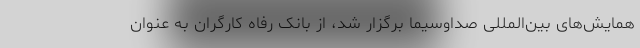
همایش‌های بین‌المللی صداوسیما برگزار شد، از بانک رفاه کارگران به عنوان